Source: Handwritten
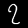
Digit: ၇ (7)